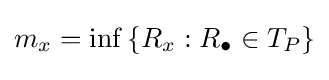
m_{x}=\inf _{}\left\{R_{x}:R_{\bullet }\in T_{P}\right\}